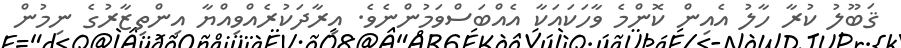
ޤަބޫލު ކުރާ ހާލު އެއިން ކޮންމެ ވާހަކައަކާ އެއްބަސްވަމުންނެވެ. އިރާދަކުރެއްވިއްޔާ އިންތިޒާރުގެ ނިމުން